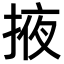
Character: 掖